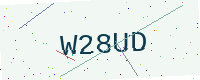
Text: W28UD